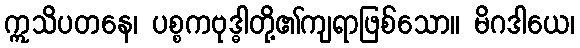
ဣသိပတနေ၊ ပစ္စကဗုဒ္ဓါတို့၏ကျရာဖြစ်သော။ မိဂဒါယေ၊